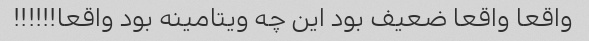
واقعا واقعا ضعیف بود این چه ویتامینه بود واقعا!!!!!!